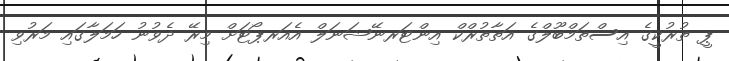
ޕީ ތުރުކީގެ އިސްތަމްބޫލްގެ އަތާތުރްކް އިންޓަރނޭޝަނަލް އެއަރޕޯޓަށް މިރޭ ދެވުނު ހަމަލާގައި މަރުވި